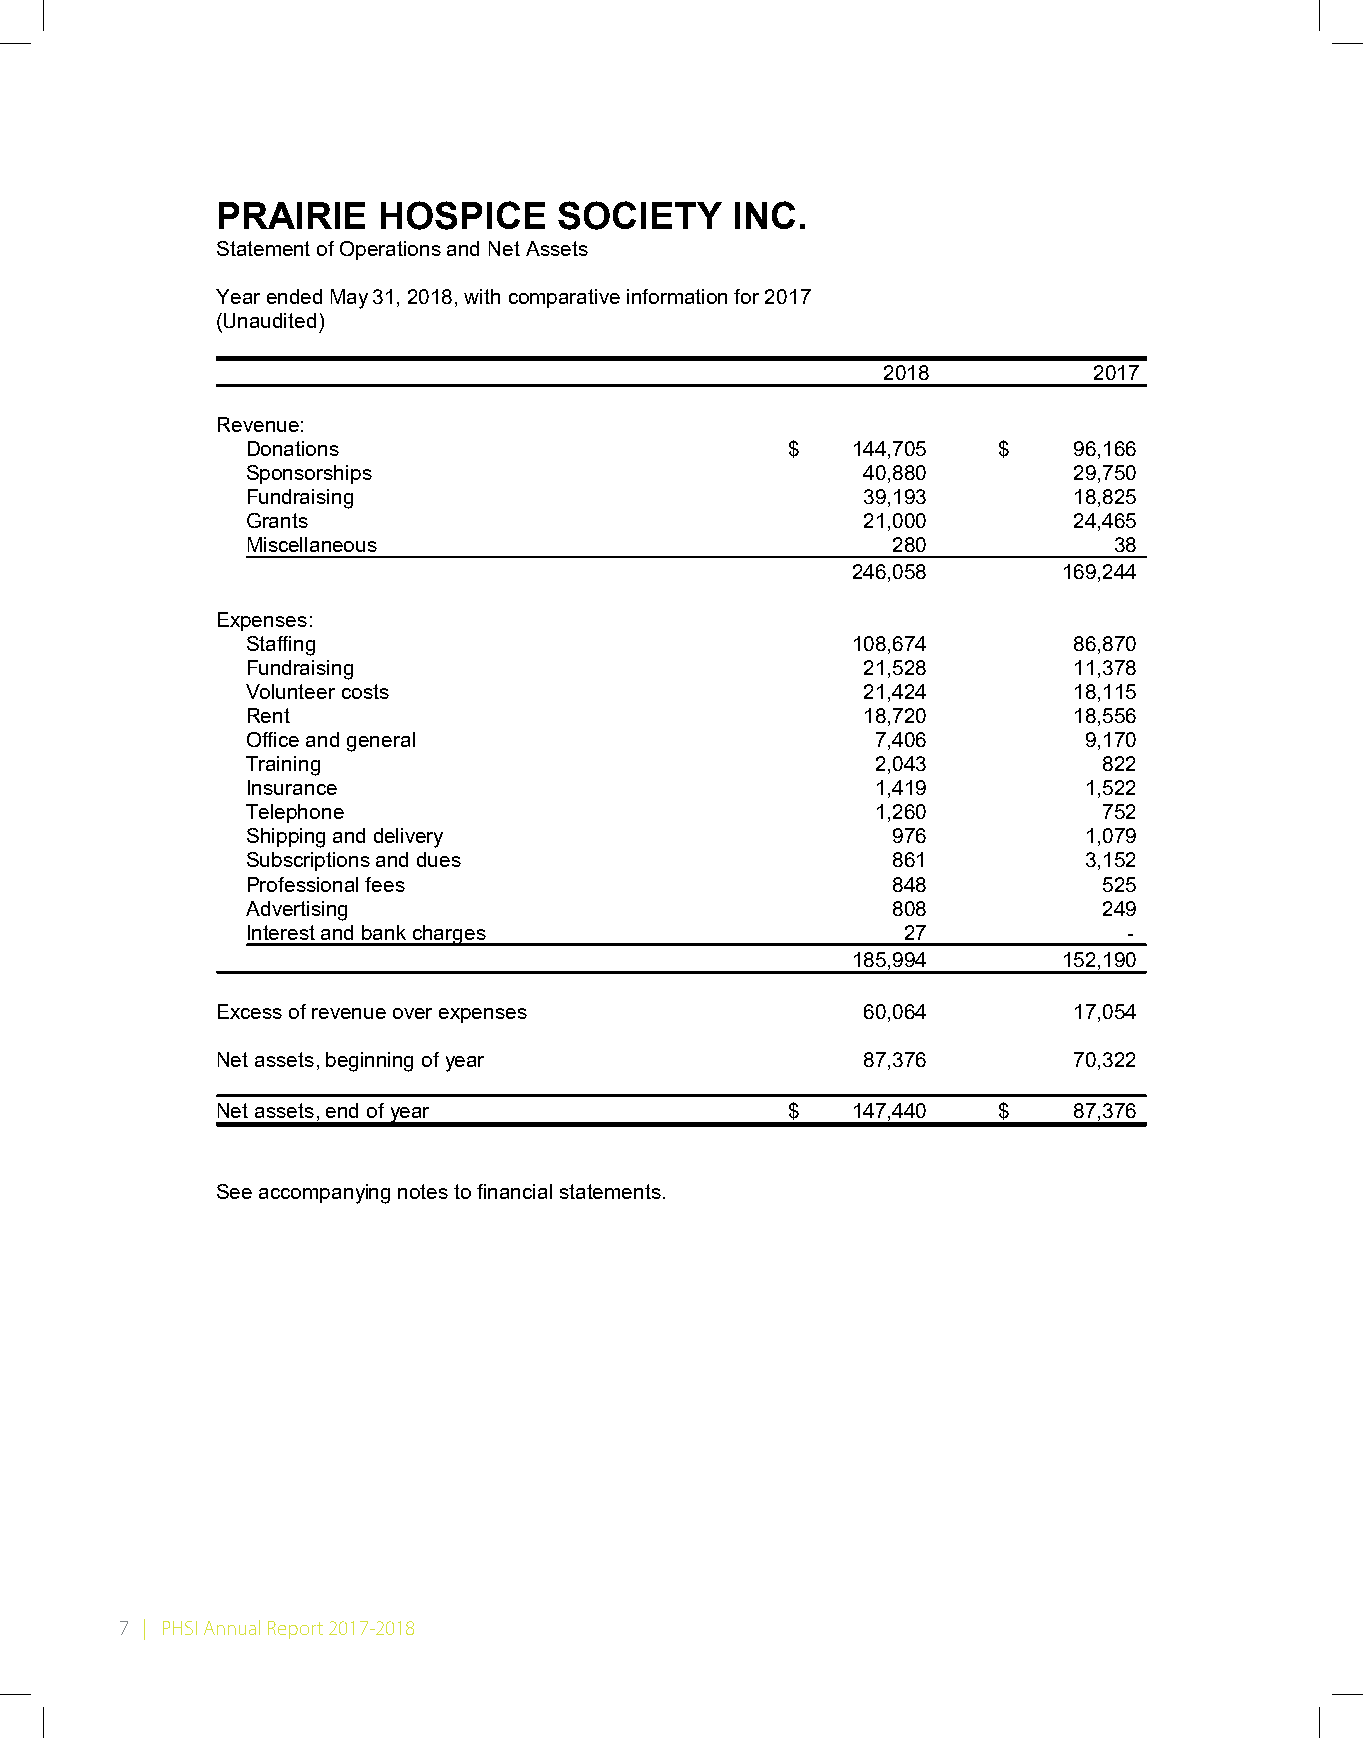
PRAIRIE    HOSPICE     SOCIETY    INC.
 Statement of Operations and Net Assets
 Year ended May 31, 2018, with comparative information for 2017
 (Unaudited)
 2018          2017
 Revenue:
 Donations                           $   144,705   $    96,166
 Sponsorships                             40,880        29,750
 Fundraising                              39,193        18,825
 Grants                                   21,000        24,465
 Miscellaneous                              280            38
 246,058       169,244
 Expenses:
 Staffing                                108,674        86,870
 Fundraising                              21,528        11,378
 Volunteer costs                          21,424        18,115
 Rent                                     18,720        18,556
 Office and general                        7,406         9,170
 Training                                  2,043          822
 Insurance                                 1,419         1,522
 Telephone                                 1,260          752
 Shipping and delivery                      976          1,079
 Subscriptions and dues                     861          3,152
 Professional fees                          848           525
 Advertising                                808           249
 Interest and bank charges                   27             -
 185,994       152,190
 Excess of revenue over expenses            60,064        17,054
 Net assets, beginning of year              87,376        70,322
 Net assets, end of year               $   147,440   $    87,376
 See accompanying notes to financial statements.
 7 | PHSI Annual Report 2017-2018
 2